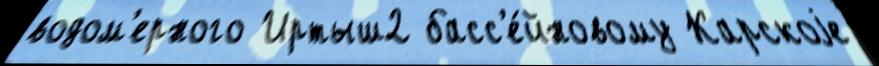
водом'ерного Иртыш2 басс'е́йновому Карскоjе